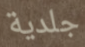
جلدية